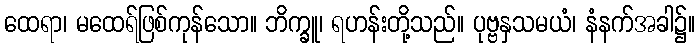
ထေရာ၊ မထေရ်ဖြစ်ကုန်သော။ ဘိက္ခူ၊ ရဟန်းတို့သည်။ ပုဗ္ဗနှသမယံ၊ နံနက်အခါ၌။